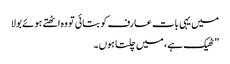
میں یہی بات عارف کو بتائی تو وہ اٹھتے ہوئے بولا
” ٹھیک ہے ، میں چلتا ہوں ۔